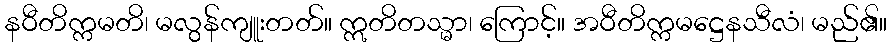
နဝီတိက္ကမတိ၊ မလွန်ကျူးတတ်။ ဣတိတသ္မာ၊ ကြောင့်။ အဝီတိက္ကမဋ္ဌေနသီလံ၊ မည်၏။